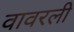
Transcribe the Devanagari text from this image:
वावरली